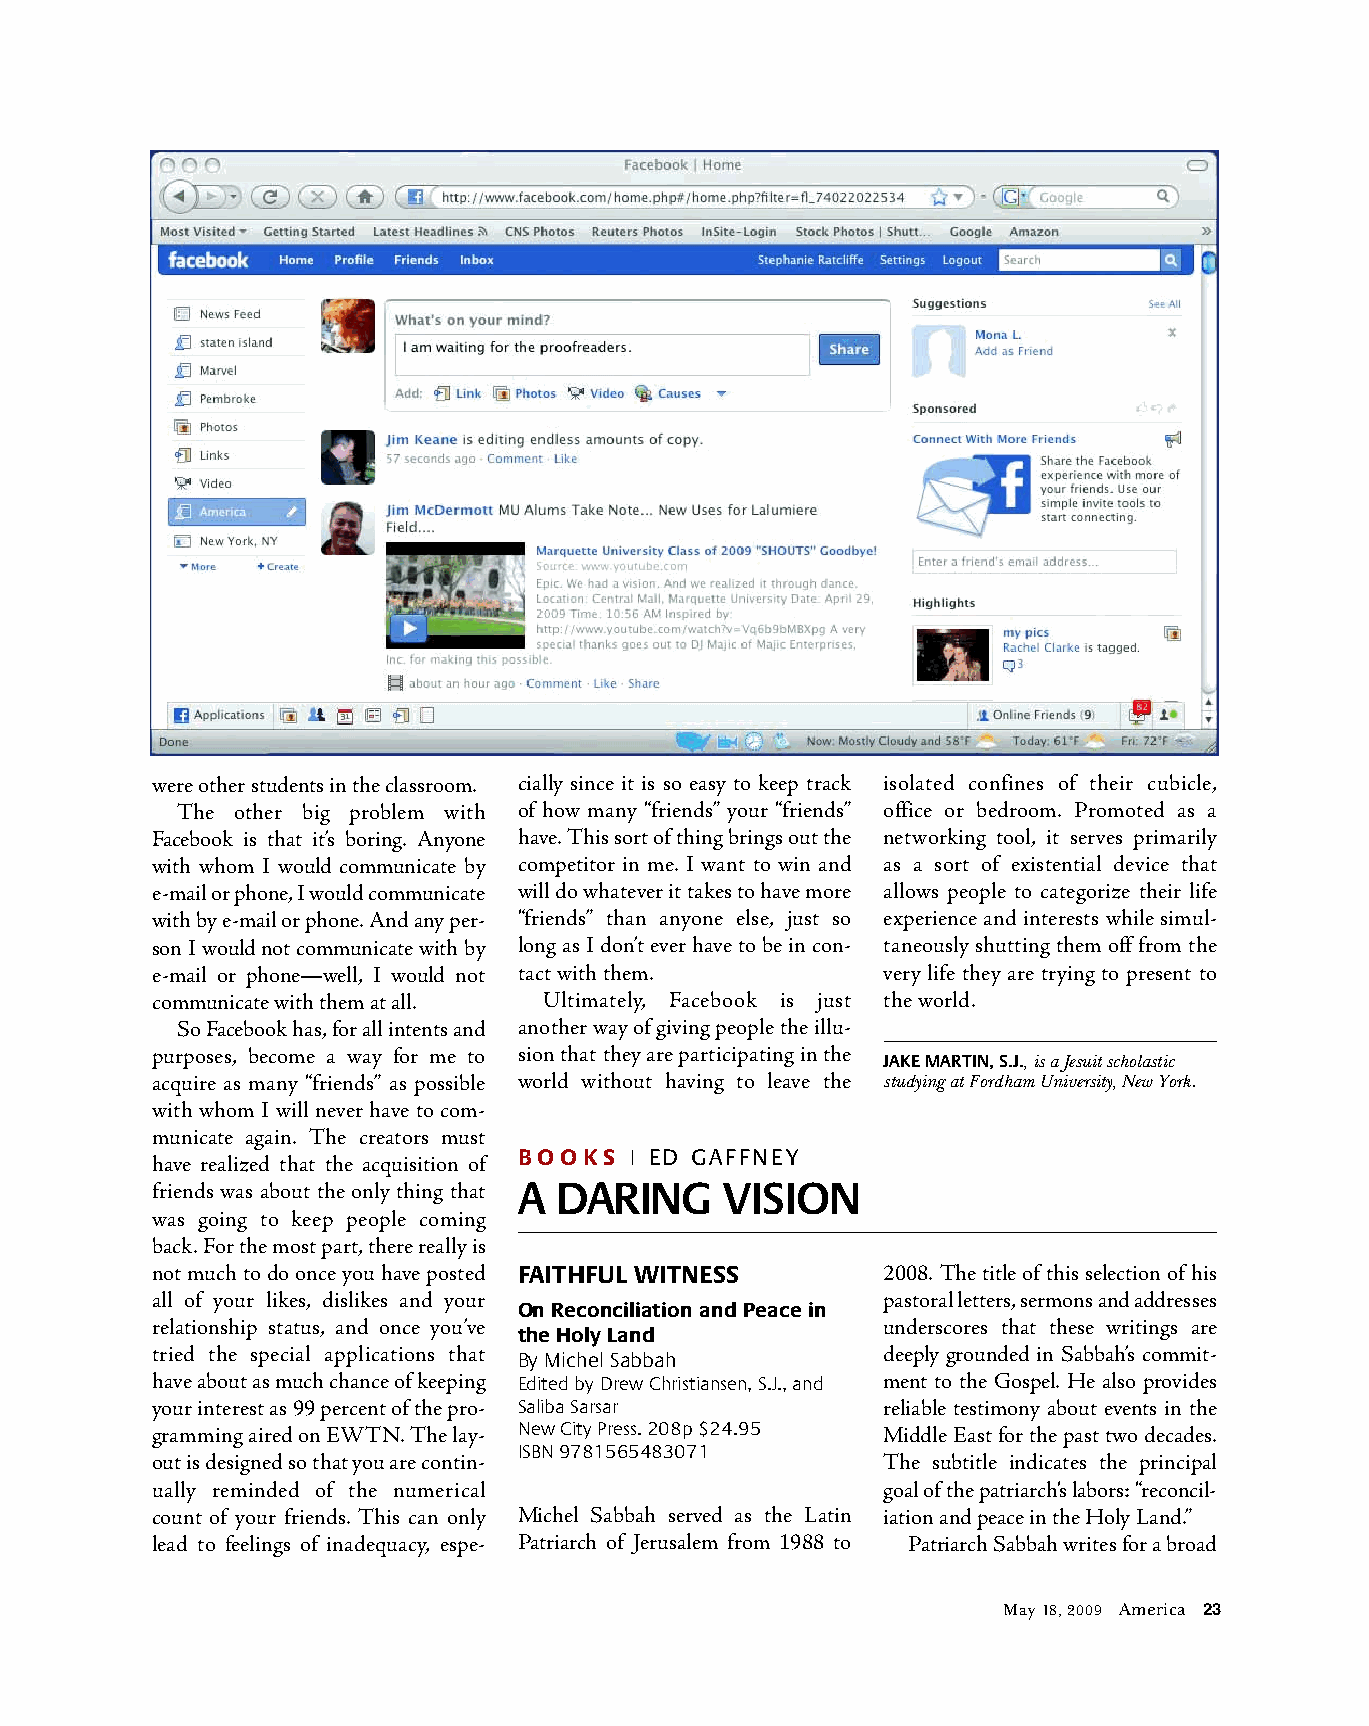
were other students in the classroom. cially since it is so easy to keep track isolated confines of their cubicle,
 The other big problem with of how many “friends” your “friends” office or bedroom. Promoted as a
 Facebook is that it’s boring. Anyone have. This sort of thing brings out the networking tool, it serves primarily
 with whom I would communicate by competitor in me. I want to win and as a sort of existential device that
 e-mail or phone, I would communicate will do whatever it takes to have more allows people to categorize their life
 with by e-mail or phone. And any per- “friends” than anyone else, just so experience and interests while simul-
 son I would not communicate with by long as I don’t ever have to be in con- taneously shutting them off from the
 e-mail or phone—well, I would not tact with them. very life they are trying to present to
 communicate with them at all. Ultimately, Facebook is just the world.
 So Facebook has, for all intents and another way of giving people the illu-
 purposes, become a way for me to sion that they are participating in the
 JAKE MARTIN, S.J., is a Jesuit scholastic
 acquire as many “friends” as possible world without having to leave the studying at Fordham University, New York.
 with whom I will never have to com-
 municate again. The creators must
 have realized that the acquisition of BOOKS | ED GAFFNEY
 friends was about the only thing that A DARING VISION
 was going to keep people coming
 back. For the most part, there really is
 not much to do once you have posted FAITHFUL WITNESS 2008. The title of this selection of his
 all of your likes, dislikes and your            pastoral letters, sermons and addresses
 On Reconciliation and Peace in
 relationship status, and once you’ve            underscores that these writings are
 the Holy Land
 tried the special applications that             deeply grounded in Sabbah’s commit-
 By Michel Sabbah
 have about as much chance of keeping Edited by Drew Christiansen, S.J., and ment to the Gospel. He also provides
 your interest as 99 percent of the pro- Saliba Sarsar reliable testimony about events in the
 gramming aired on EWTN. The lay- New City Press. 208p $24.95 Middle East for the past two decades.
 ISBN 9781565483071
 out is designed so that you are contin-         The subtitle indicates the principal
 ually reminded of the numerical                 goal of the patriarch‘s labors: “reconcil-
 count of your friends. This can only Michel Sabbah served as the Latin iation and peace in the Holy Land.”
 lead to feelings of inadequacy, espe- Patriarch of Jerusalem from 1988 to Patriarch Sabbah writes for a broad
 May 18, 2009 America 23